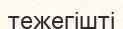
тежегішті